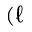
( \ell